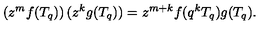
\left( z ^ { m } f ( T _ { q } ) \right) ( z ^ { k } g ( T _ { q } ) ) = z ^ { m + k } f ( q ^ { k } T _ { q } ) g ( T _ { q } ) .